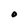
Character: O